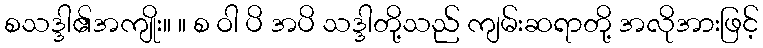
စသဒ္ဒါ၏အကျိုး။ ။ စ ဝါ ပိ အပိ သဒ္ဒါတို့သည် ကျမ်းဆရာတို့ အလိုအားဖြင့်